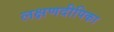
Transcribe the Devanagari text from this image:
लक्षणदीपिका